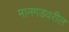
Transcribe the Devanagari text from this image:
मानगडवरील